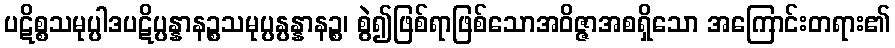
ပဋိစ္စသမုပ္ပါဒပဋိပ္ပန္နာနဉ္စသမုပ္ပန္ပန္နာနဉ္စ၊ စွဲ၍ဖြစ်ရာဖြစ်သောအဝိဇ္ဇာအစရှိသော အကြောင်းတရား၏